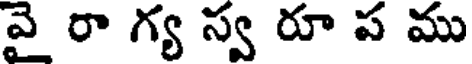
వై రా గ్య స్వ రూ ప ము